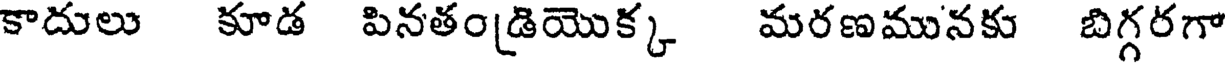
కాదులు కూడ పినతండ్రియొక్క మరణమునకు బిగ్గరగా